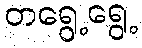
တရွေ့ရွေ့